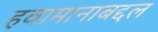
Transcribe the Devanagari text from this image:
हवामानाबद्दल